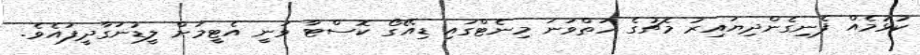
ކުޅުމެއް ފެނިގެންދިޔައިރު މެޗުގެ ހަތްވަނަ މިނެޓްގައި ޑިއޭގޯ ކޮސްޓާ ވަނީ އެޓީމަށް ލީޑުނަގާދީފައެވެ.